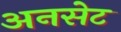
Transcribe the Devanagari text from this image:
अनसेट